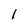
Character: 1